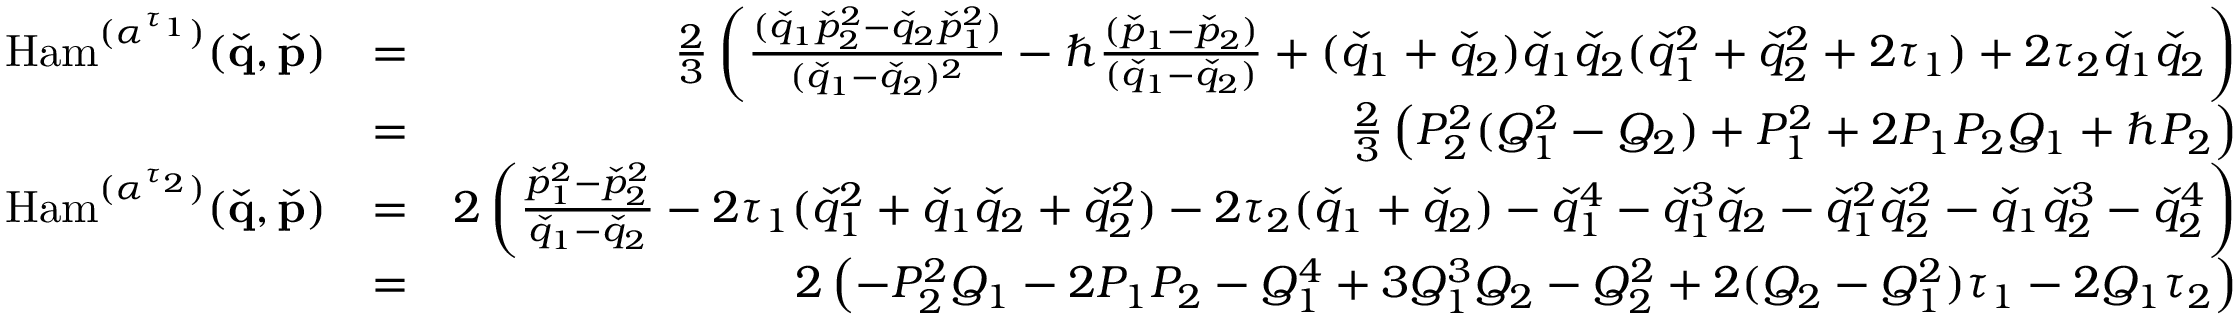
\begin{array} { r l r } { \mathrm { H a m } ^ { ( \boldsymbol { \alpha } ^ { \tau _ { 1 } } ) } ( \check { \mathbf { q } } , \check { \mathbf { p } } ) } & { = } & { \frac { 2 } { 3 } \left( \frac { ( \check { q } _ { 1 } \check { p } _ { 2 } ^ { 2 } - \check { q } _ { 2 } \check { p } _ { 1 } ^ { 2 } ) } { ( \check { q } _ { 1 } - \check { q } _ { 2 } ) ^ { 2 } } - \hbar \frac { ( \check { p } _ { 1 } - \check { p } _ { 2 } ) } { ( \check { q } _ { 1 } - \check { q } _ { 2 } ) } + ( \check { q } _ { 1 } + \check { q } _ { 2 } ) \check { q } _ { 1 } \check { q } _ { 2 } ( \check { q } _ { 1 } ^ { 2 } + \check { q } _ { 2 } ^ { 2 } + 2 \tau _ { 1 } ) + 2 \tau _ { 2 } \check { q } _ { 1 } \check { q } _ { 2 } \right) } \\ & { = } & { \frac { 2 } { 3 } \left( P _ { 2 } ^ { 2 } ( Q _ { 1 } ^ { 2 } - Q _ { 2 } ) + P _ { 1 } ^ { 2 } + 2 P _ { 1 } P _ { 2 } Q _ { 1 } + \hbar P _ { 2 } \right) } \\ { \mathrm { H a m } ^ { ( \boldsymbol { \alpha } ^ { \tau _ { 2 } } ) } ( \check { \mathbf { q } } , \check { \mathbf { p } } ) } & { = } & { 2 \left( \frac { \check { p } _ { 1 } ^ { 2 } - \check { p } _ { 2 } ^ { 2 } } { \check { q } _ { 1 } - \check { q } _ { 2 } } - 2 \tau _ { 1 } ( \check { q } _ { 1 } ^ { 2 } + \check { q } _ { 1 } \check { q } _ { 2 } + \check { q } _ { 2 } ^ { 2 } ) - 2 \tau _ { 2 } ( \check { q } _ { 1 } + \check { q } _ { 2 } ) - \check { q } _ { 1 } ^ { 4 } - \check { q } _ { 1 } ^ { 3 } \check { q } _ { 2 } - \check { q } _ { 1 } ^ { 2 } \check { q } _ { 2 } ^ { 2 } - \check { q } _ { 1 } \check { q } _ { 2 } ^ { 3 } - \check { q } _ { 2 } ^ { 4 } \right) } \\ & { = } & { 2 \left( - P _ { 2 } ^ { 2 } Q _ { 1 } - 2 P _ { 1 } P _ { 2 } - Q _ { 1 } ^ { 4 } + 3 Q _ { 1 } ^ { 3 } Q _ { 2 } - Q _ { 2 } ^ { 2 } + 2 ( Q _ { 2 } - Q _ { 1 } ^ { 2 } ) \tau _ { 1 } - 2 Q _ { 1 } \tau _ { 2 } \right) } \end{array}